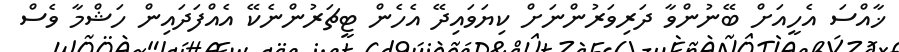
ޚާއްސަ އެހީއަށް ބޭނުންވާ ދަރިވަރުންނަށް ކިޔަވައިދޭ އެހެން ޓީޗަރުންނެކޭ އެއްފަދައިން ހަޝްމާ ވެސް